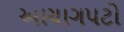
આયાગપટો